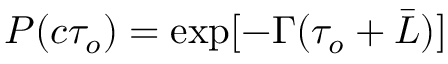
P ( c \tau _ { o } ) = \exp [ - \Gamma ( \tau _ { o } + \bar { L } ) ]